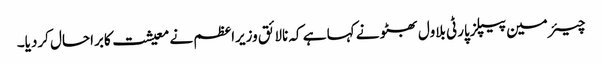
چیئرمین پیپلزپارٹی بلاول بھٹو نے کہا ہے کہ نالائق وزیراعظم نے معیشت کابراحال کردیا۔